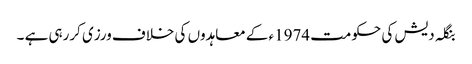
بنگلہ دیش کی حکومت 1974ء کے معاہدوں کی خلاف ورزی کررہی ہے ۔